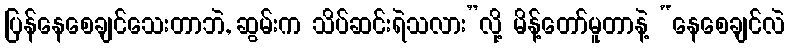
ပြန်နေစေချင်သေးတာဘဲ, ဆွမ်းက သိပ်ဆင်းရဲသလား”လို့ မိန့်တော်မူတာနဲ့ “နေစေချင်လဲ